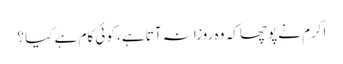
اکرم نے پوچھا کہ وہ روزانہ آتا ہے ، کوئی کام ہے کیا ؟